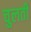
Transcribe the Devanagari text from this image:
चुलती